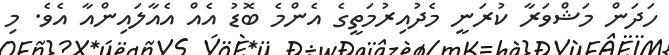
ހަދަން މަޝްވަރާ ކުރަނީ މެދުއިރުމަތީގެ އެންމެ ބޮޑު އެއް އެއާލައިންއާ އެވެ. މި